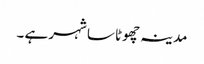
مدینہ چھوٹا سا شہر ہے ۔